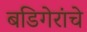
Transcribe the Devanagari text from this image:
बडिगेरांचे